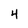
Character: 4